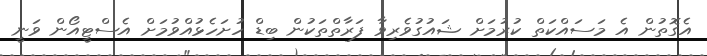
އެގޮތުން އެ މަސައްކަތް ކުރުމަށް ޝައުގުވެރިވާ ފަރާތްތަކުން ބިޑް ހުށަހެޅުއްވުމަށް އެސްޓީއޯން ވަނީ